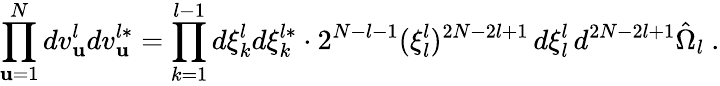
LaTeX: \prod_{\mathbf{u}=1}^{N}dv_{\mathbf{u}}^{l}dv_{\mathbf{u}}^{l*}=\prod_{k=1}^{l-1}d\xi_{k}^{l}d\xi_{k}^{l*}\cdot2^{N-l-1}(\xi_{l}^{l})^{2N-2l+1}\, d\xi_{l}^{l}\, d^{2N-2l+1}\hat{{\Omega}}_{l}\ .